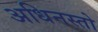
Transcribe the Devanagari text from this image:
अधिनस्तो